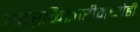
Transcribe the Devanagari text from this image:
पदरकिनारीमध्येही